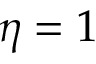
\eta = 1